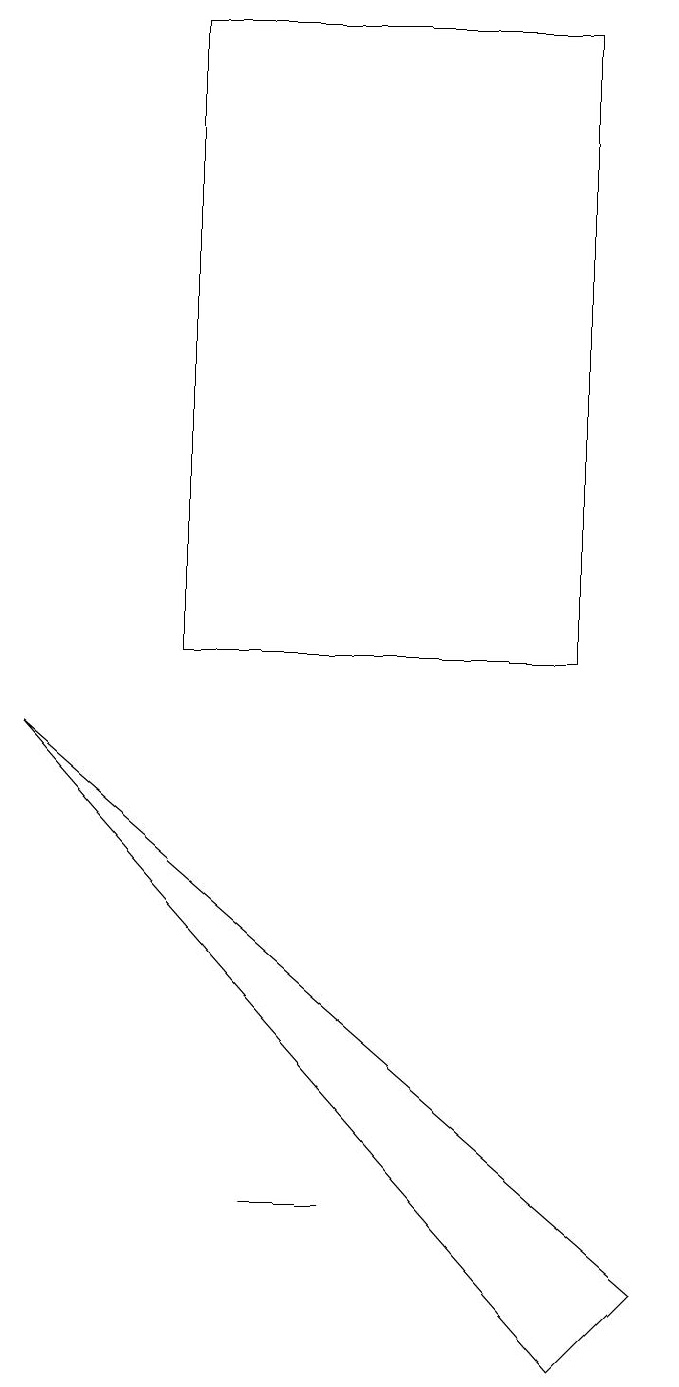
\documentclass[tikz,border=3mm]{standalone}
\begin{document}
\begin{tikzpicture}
\draw (2,10) rectangle (7,18);
\draw (0,9) -- (8,2) -- (7,1) -- cycle;
\draw (3,3) -- (4,3) -- (4,3) -- cycle;
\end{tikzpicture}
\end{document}